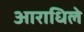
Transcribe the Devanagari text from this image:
आराधिले